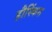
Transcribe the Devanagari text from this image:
हौस्किंस